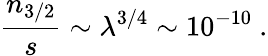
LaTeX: {\frac{n_{3/2}}{s}}\sim\lambda^{3/4}\sim 10^{-10}\ .